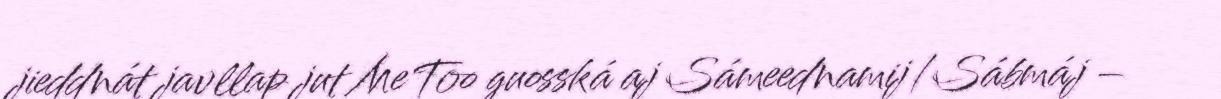
jieddnát javllap jut MeToo guosská aj Sámeednamij/Sábmáj –